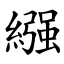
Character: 繦